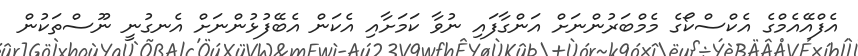
އެފްއޭއެމްގެ އެކްސްކޯގެ މެމްބަރުންނަށް އަންގާފައި ނުވާ ކަމަށާއި އެކަން އެބޭފުޅުންނަށް އެނގުނީ ނޫސްތަކުން